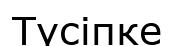
Түсіпке